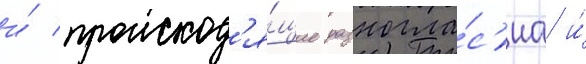
и́ происход'я́щие разногла́с'иа и́